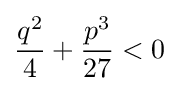
{q^{2} \over 4}+{p^{3} \over 27}<0